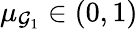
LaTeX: \mu_{\mathcal{G}_{1}}\in(0,1)